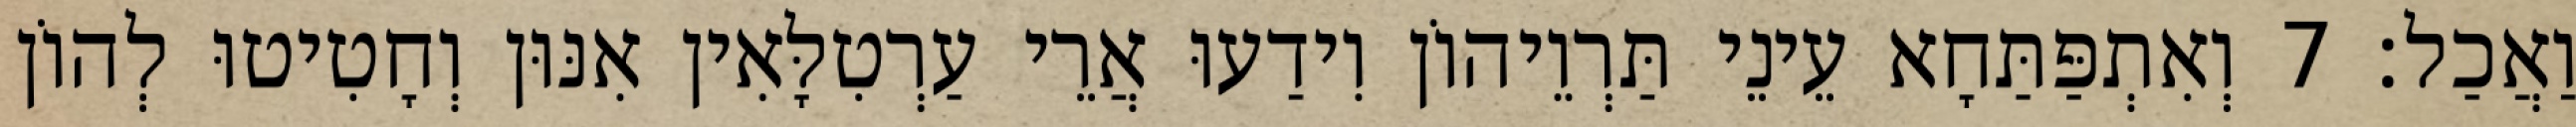
וַאֲכַל׃ 7 וְאִתְפַּתַּחָא עֵינֵי תַּרְוֵיהוֹן וִידַעוּ אֲרֵי עַרְטִלָּאִין אִנּוּן וְחָטִיטוּ לְהוֹן